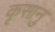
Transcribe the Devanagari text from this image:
कृसानु